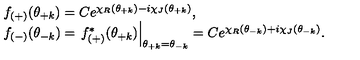
\begin{array} { l } { f _ { ( + ) } ( \theta _ { + k } ) = C e ^ { \chi _ { R } ( \theta _ { + k } ) - i \chi _ { J } ( \theta _ { + k } ) } , } \\ { f _ { ( - ) } ( \theta _ { - k } ) = \left. f _ { ( + ) } ^ { * } ( \theta _ { + k } ) \right| _ { \theta _ { + k } = \theta _ { - k } } = C e ^ { \chi _ { R } ( \theta _ { - k } ) + i \chi _ { J } ( \theta _ { - k } ) } . } \\ \end{array}